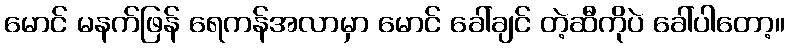
မောင် မနက်ဖြန် ရေကန်အလာမှာ မောင် ခေါ်ချင် တဲ့ဆီကိုပဲ ခေါ်ပါတော့။